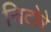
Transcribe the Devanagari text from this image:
चिटोरे